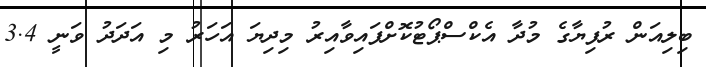
ބިލިއަން ރުފިޔާގެ މުދާ އެކްސްޕޯޓުކޮށްފައިވާއިރު މިދިޔަ އަހަރު މި އަދަދު ވަނީ 3.4